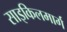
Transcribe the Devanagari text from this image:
साइकिलमार्ग